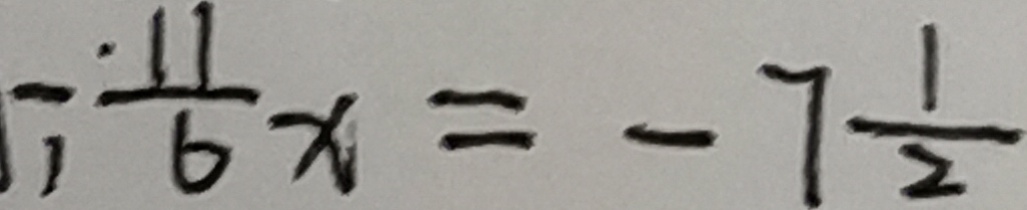
, - \frac { 1 1 } { 6 } x = - 7 \frac { 1 } { 2 }